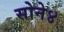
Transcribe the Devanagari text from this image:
सोने४